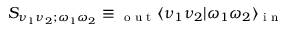
S _ { \nu _ { 1 } \nu _ { 2 } ; \omega _ { 1 } \omega _ { 2 } } \equiv { } _ { \textrm { o u t } } \langle \nu _ { 1 } \nu _ { 2 } | \omega _ { 1 } \omega _ { 2 } \rangle _ { \textrm { i n } }